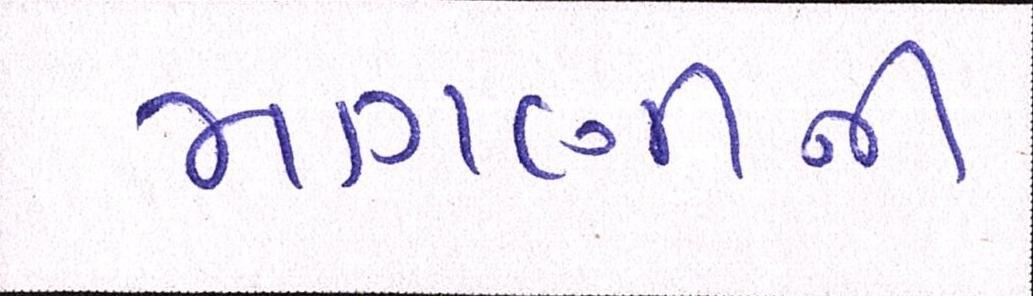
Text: માગણીની